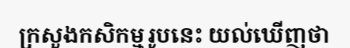
ក្រសួងកសិកម្មរូបនេះ យល់ឃើញថា